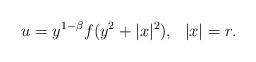
LaTeX: \begin{align*}u=y^{1-\beta}f(y^2+|x|^2),~~|x|=r.\end{align*}